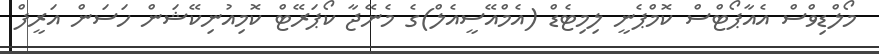
މޯލްޑިވްސް އެއާޕޯޓްސް ކޮމްޕެނީ ލިމިޓެޑް (އެމްއޭސީއެލް)ގެ މެނޭޖާ ކޯޕަރޭޓް ކޮމިއުނިކޭޝަން ހަސަން އަރީފް